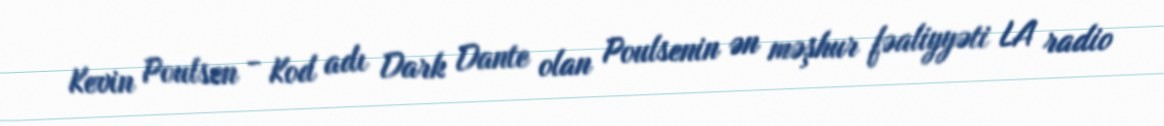
Kevin Poulsen - Kod adı Dark Dante olan Poulsenin ən məşhur fəaliyyəti LA radio